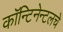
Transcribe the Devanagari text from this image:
कॉन्टिनेन्टलचे